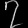
Digit: ၇